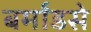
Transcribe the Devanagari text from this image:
बर्मांडसे